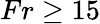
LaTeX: Fr\geq 15